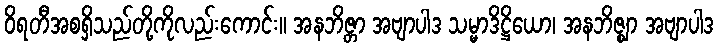
ဝိရတီအစရှိသည်တို့ကိုလည်းကောင်း။ အနဘိဇ္တာ အဗျာပါဒ သမ္မာဒိဋ္ဌိယော၊ အနဘိဇ္ဈာ အဗျာပါဒ